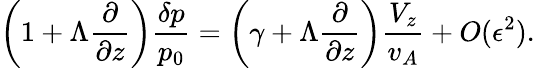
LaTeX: \left(1+\Lambda\frac{\partial}{\partial z}\right)\frac{\delta p}{p_{0}}=\left(\gamma+\Lambda\frac{\partial}{\partial z}\right)\frac{V_{z}}{v_{A}}+O(\epsilon^{2}).